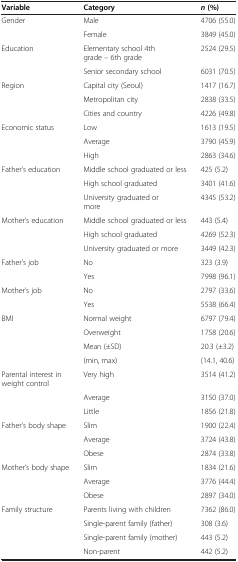
<table><thead><tr><td><b>Variable</b></td><td><b>Category</b></td><td><b><i>n </i>(%)</b></td></tr></thead><tbody><tr><td>Gender</td><td>Male</td><td>4706 (55.0)</td></tr><tr><td> </td><td>Female</td><td>3849 (45.0)</td></tr><tr><td>Education</td><td>Elementary school 4th grade – 6th grade</td><td>2524 (29.5)</td></tr><tr><td> </td><td>Senior secondary school</td><td>6031 (70.5)</td></tr><tr><td>Region</td><td>Capital city (Seoul)</td><td>1417 (16.7)</td></tr><tr><td> </td><td>Metropolitan city</td><td>2838 (33.5)</td></tr><tr><td> </td><td>Cities and country</td><td>4226 (49.8)</td></tr><tr><td>Economic status</td><td>Low</td><td>1613 (19.5)</td></tr><tr><td> </td><td>Average</td><td>3790 (45.9)</td></tr><tr><td> </td><td>High</td><td>2863 (34.6)</td></tr><tr><td>Father’s education</td><td>Middle school graduated or less</td><td>425 (5.2)</td></tr><tr><td> </td><td>High school graduated</td><td>3401 (41.6)</td></tr><tr><td> </td><td>University graduated or more</td><td>4345 (53.2)</td></tr><tr><td>Mother’s education</td><td>Middle school graduated or less</td><td>443 (5.4)</td></tr><tr><td> </td><td>High school graduated</td><td>4269 (52.3)</td></tr><tr><td> </td><td>University graduated or more</td><td>3449 (42.3)</td></tr><tr><td>Father’s job</td><td>No</td><td>323 (3.9)</td></tr><tr><td> </td><td>Yes</td><td>7998 (96.1)</td></tr><tr><td>Mother’s job</td><td>No</td><td>2797 (33.6)</td></tr><tr><td> </td><td>Yes</td><td>5538 (66.4)</td></tr><tr><td>BMI</td><td>Normal weight</td><td>6797 (79.4)</td></tr><tr><td> </td><td>Overweight</td><td>1758 (20.6)</td></tr><tr><td> </td><td>Mean (±SD)</td><td>20.3 (±3.2)</td></tr><tr><td> </td><td>(min, max)</td><td>(14.1, 40.6)</td></tr><tr><td>Parental interest in weight control</td><td>Very high</td><td>3514 (41.2)</td></tr><tr><td> </td><td>Average</td><td>3150 (37.0)</td></tr><tr><td> </td><td>Little</td><td>1856 (21.8)</td></tr><tr><td>Father’s body shape</td><td>Slim</td><td>1900 (22.4)</td></tr><tr><td> </td><td>Average</td><td>3724 (43.8)</td></tr><tr><td> </td><td>Obese</td><td>2874 (33.8)</td></tr><tr><td>Mother’s body shape</td><td>Slim</td><td>1834 (21.6)</td></tr><tr><td> </td><td>Average</td><td>3776 (44.4)</td></tr><tr><td> </td><td>Obese</td><td>2897 (34.0)</td></tr><tr><td>Family structure</td><td>Parents living with children</td><td>7362 (86.0)</td></tr><tr><td> </td><td>Single-parent family (father)</td><td>308 (3.6)</td></tr><tr><td> </td><td>Single-parent family (mother)</td><td>443 (5.2)</td></tr><tr><td> </td><td>Non-parent</td><td>442 (5.2)</td></tr></tbody></table>